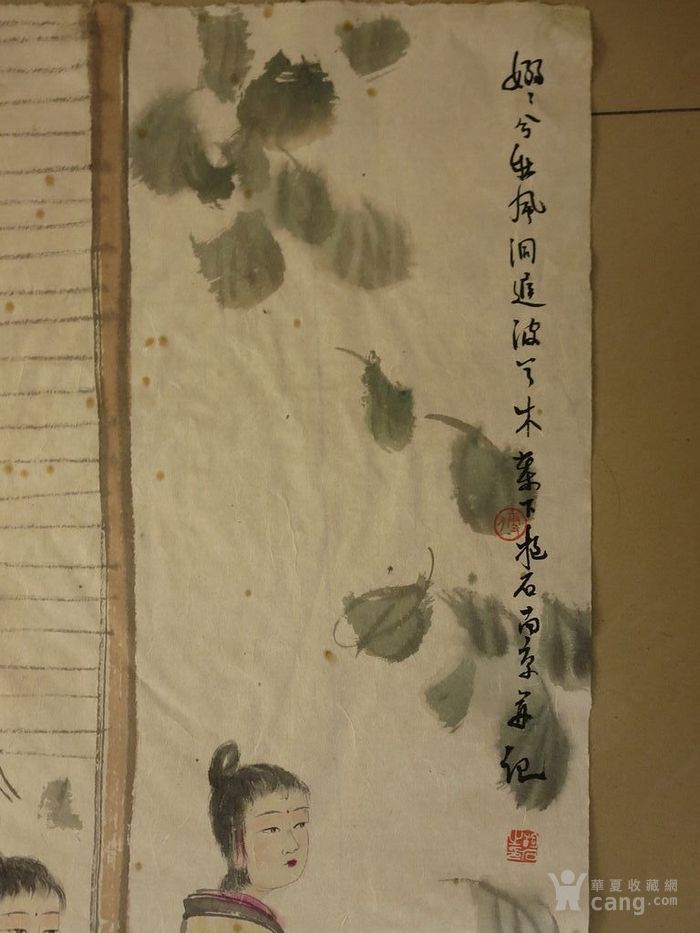
袅袅兮秋风，洞庭波兮木叶下。